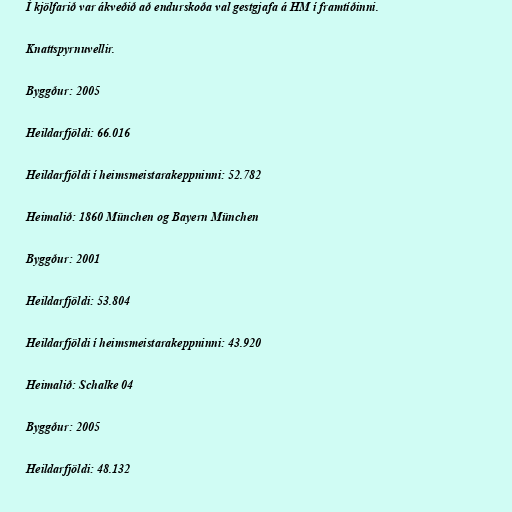
Í kjölfarið var ákveðið að endurskoða val gestgjafa á HM í framtíðinni.

Knattspyrnuvellir.

Byggður: 2005

Heildarfjöldi: 66.016

Heildarfjöldi í heimsmeistarakeppninni: 52.782

Heimalið: 1860 München og Bayern München

Byggður: 2001

Heildarfjöldi: 53.804

Heildarfjöldi í heimsmeistarakeppninni: 43.920

Heimalið: Schalke 04

Byggður: 2005

Heildarfjöldi: 48.132